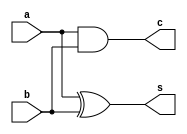
module HA_gate(s,c,a,b);
    input a,b;
    output s,c;
    assign s = a^b;
    assign c = a&b;
endmodule